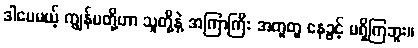
ဒါပေမယ့် ကျွန်မတို့ဟာ သူတို့နဲ့ အကြာကြီး အတူတူ နေခွင့် မရှိကြဘူး။